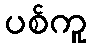
ပစ်ကူ